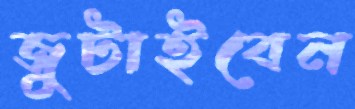
জুটাইবেন